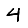
Digit: 4